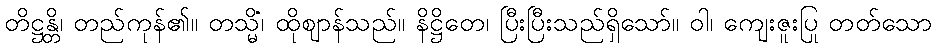
တိဋ္ဌန္တိ၊ တည်ကုန်၏။ တသ္မိံ၊ ထိုဈာန်သည်။ နိဋ္ဌိတေ၊ ပြီးပြီးသည်ရှိသော်။ ဝါ၊ ကျေးဇူးပြု တတ်သော